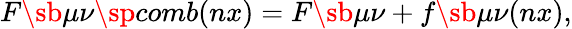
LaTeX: F\sb{\mu\nu}\sp{comb}(nx)=F\sb{\mu\nu}+f\sb{\mu\nu}(nx),